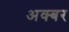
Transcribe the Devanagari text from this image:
अक्बर